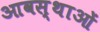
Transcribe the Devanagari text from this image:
आवस्थाओं